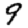
Digit: 9